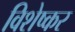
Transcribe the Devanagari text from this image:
विशेष्कर